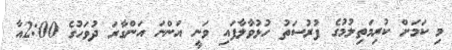
މި ކަމަށް ކުރިމަތިލުމުގެ ފުރުސަތު ހުޅުވާލާފައި ވަނީ އަންނަ އަންގާރަ ދުވަހުގެ 2:00އާ